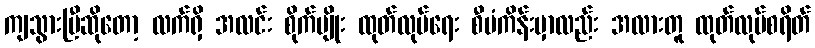
ကျသွားပြီဆိုတော့ လက်ရှိ အလင်း စိုက်ပျိုး ထုတ်လုပ်ရေး စီမံကိန်းမှာလည်း အလားတူ ထုတ်လုပ်စရိတ်